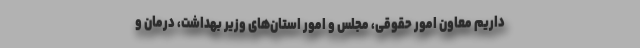
داریم معاون امور حقوقی، مجلس و امور استان‌های وزیر بهداشت، درمان و